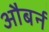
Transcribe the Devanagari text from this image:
औबर्न